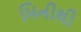
મિનીથી